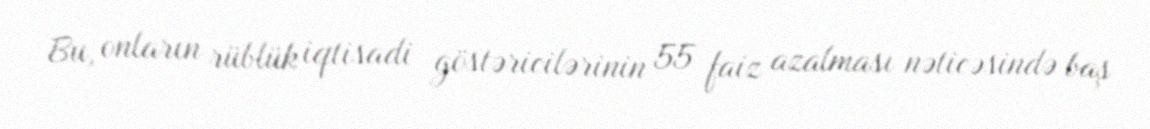
Bu, onların rüblük iqtisadi göstəricilərinin 55 faiz azalması nəticəsində baş